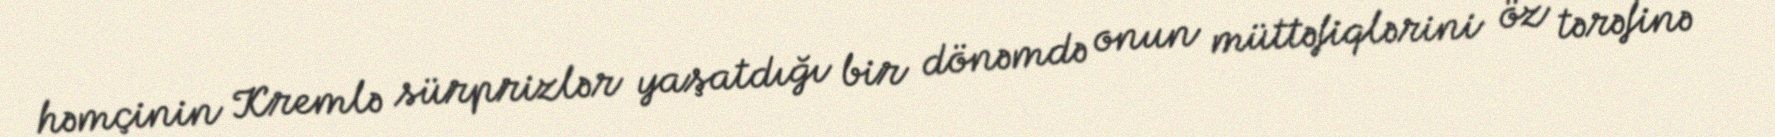
həmçinin Kremlə sürprizlər yaşatdığı bir dönəmdə onun müttəfiqlərini öz tərəfinə